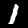
Label: 1